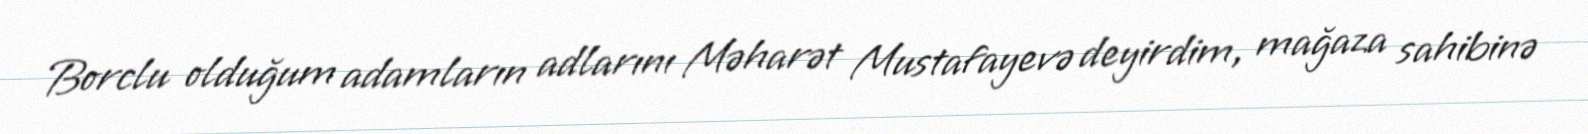
Borclu olduğum adamların adlarını Məharət Mustafayevə deyirdim, mağaza sahibinə